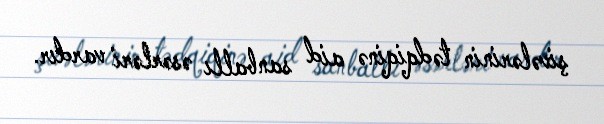
şivələrinin tədqiqinə aid sanballı əsərləri vardır.